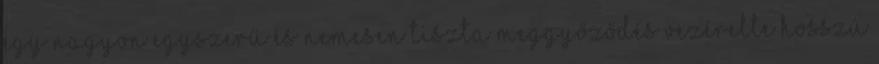
egy nagyon egyszerű és nemesen tiszta meggyőződés vezérelte hosszú